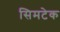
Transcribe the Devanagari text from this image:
सिमटेक